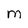
Character: M